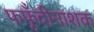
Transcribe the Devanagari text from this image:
फफूँदीनाशक